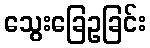
သွေးခြေဥခြင်း